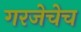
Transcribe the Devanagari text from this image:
गरजेचेच